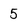
Character: 5